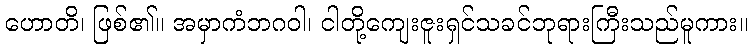
ဟောတိ၊ ဖြစ်၏။ အမှာကံဘဂဝါ၊ ငါတို့ကျေးဇူးရှင်သခင်ဘုရားကြီးသည်မူကား။